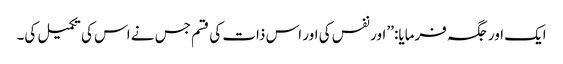
ایک اور جگہ فرمایا: ’’اور نفس کی اور اس ذات کی قسم جس نے اس کی تکمیل کی۔